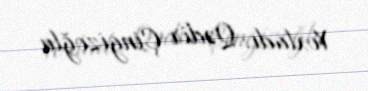
Yoxladı: Qədir Çingizoğlu